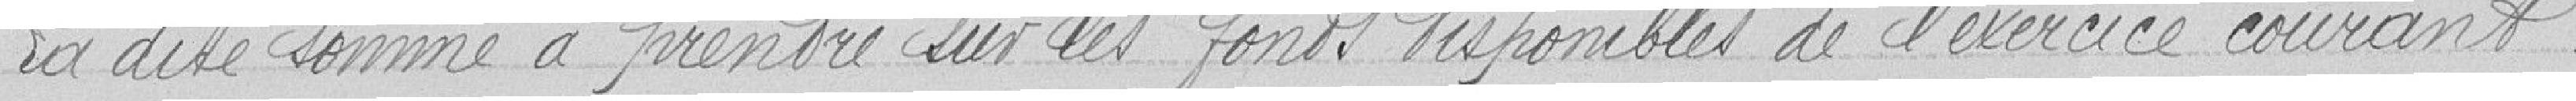
La dite somme à prendre sur les fonds disponibles de l'exercice courant.